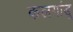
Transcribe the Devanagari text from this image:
कलगांडू